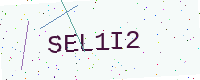
Text: SEL1I2